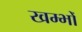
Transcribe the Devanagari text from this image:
खम्भोँ